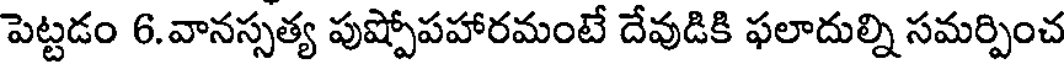
పెట్టడం 6.వానస్సత్య పుష్పోపహారమంటే దేవుడికి ఫలాదుల్ని సమర్పించ